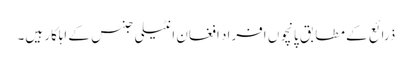
ذرائع کے مطابق پانچوں افراد افغان انٹیلی جنس کے اہلکار ہیں۔